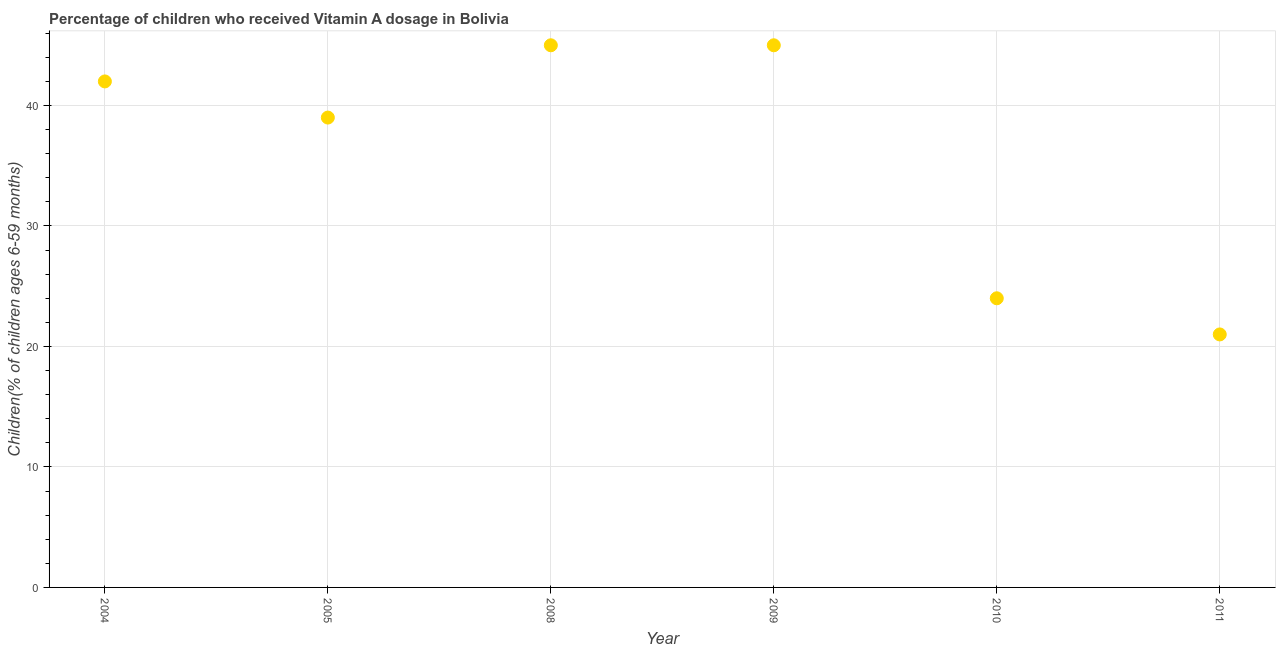
| Year | Vitamin A supplementation coverage rate  |
 | --- | --- |
 | 2004 | 42 |
 | 2005 | 39 |
 | 2008 | 45 |
 | 2009 | 45 |
 | 2010 | 24 |
 | 2011 | 21 |